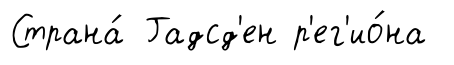
Страна́ Гадсд'ен р'ег'ио́на